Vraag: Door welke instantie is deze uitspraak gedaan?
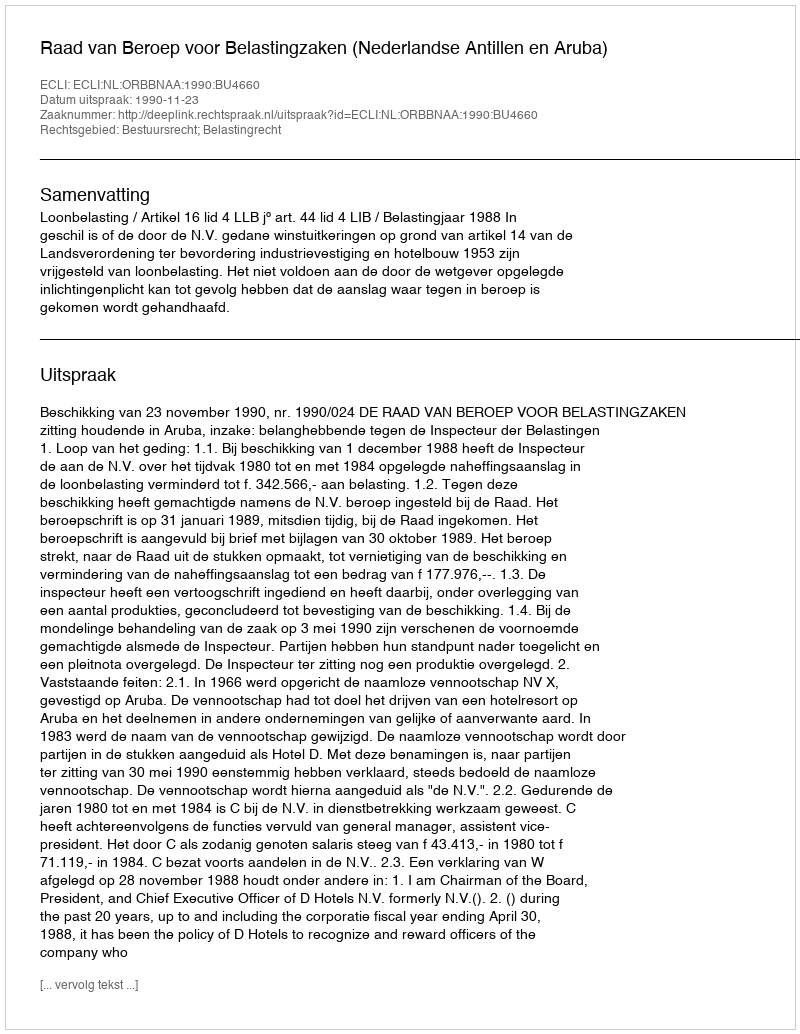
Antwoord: Raad van Beroep voor Belastingzaken (Nederlandse Antillen en Aruba)